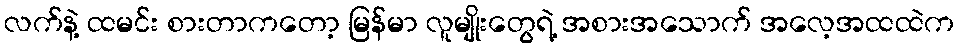
လက်နဲ့ ထမင်း စားတာကတော့ မြန်မာ လူမျိုးတွေရဲ့ အစားအသောက် အလေ့အထထဲက